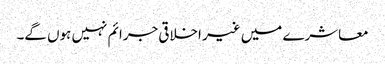
معاشرے میں غیر اخلاقی جرائم نہیں ہوں گے۔